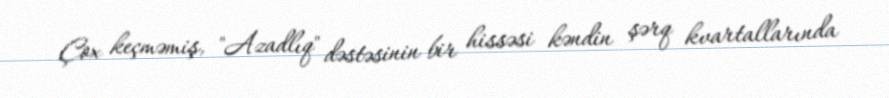
Çox keçməmiş, "Azadlıq" dəstəsinin bir hissəsi kəndin şərq kvartallarında